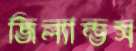
জিল্যান্ডস